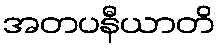
အတပနီယာတိ